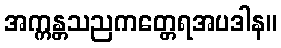
အက္ကန္တသညကတ္တေရအပဒါန။